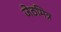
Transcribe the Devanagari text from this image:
जेठमित्र